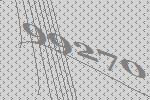
99270